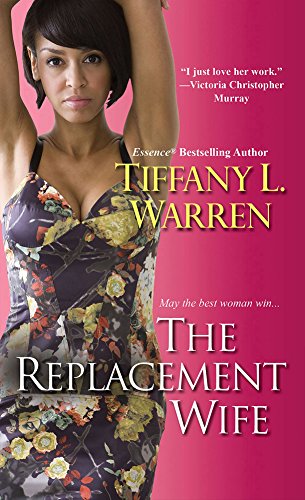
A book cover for The Replacement Wife; Tiffany L. Warren; Literature & Fiction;